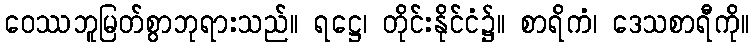
ဝေဿဘူမြတ်စွာဘုရားသည်။ ရဋ္ဌေ၊ တိုင်းနိုင်ငံ၌။ စာရိကံ၊ ဒေသစာရီကို။